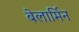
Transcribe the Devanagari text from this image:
बेलार्मिन